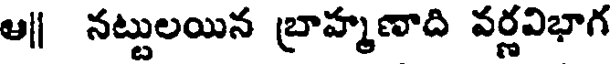
ఆ|| నట్టులయిన బ్రాహ్మణాది వర్ణవిభాగ